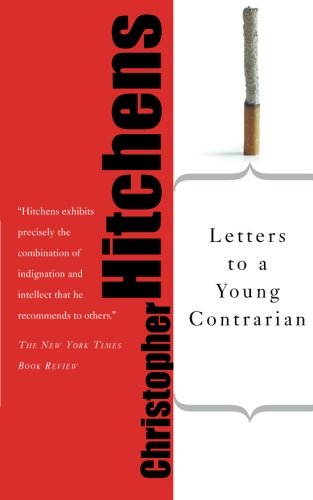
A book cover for Letters to a Young Contrarian (Art of Mentoring); Christopher Hitchens; Literature & Fiction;